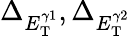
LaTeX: \Delta_{E_{\mathrm{T}}^{\gamma 1}},\Delta_{E_{\mathrm{T}}^{\gamma 2}}